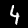
Label: 4